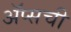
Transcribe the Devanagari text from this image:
ॲप्सची